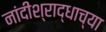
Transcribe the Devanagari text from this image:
नांदीश्राद्धाच्या